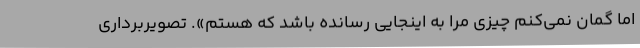
اما گمان نمی‌کنم چیزی مرا به اینجایی رسانده باشد که هستم». تصویربرداری